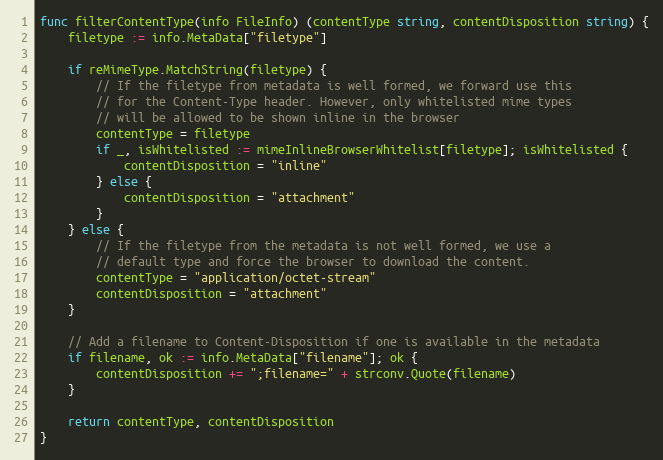
Language: Go
func filterContentType(info FileInfo) (contentType string, contentDisposition string) {
	filetype := info.MetaData["filetype"]

	if reMimeType.MatchString(filetype) {
		// If the filetype from metadata is well formed, we forward use this
		// for the Content-Type header. However, only whitelisted mime types
		// will be allowed to be shown inline in the browser
		contentType = filetype
		if _, isWhitelisted := mimeInlineBrowserWhitelist[filetype]; isWhitelisted {
			contentDisposition = "inline"
		} else {
			contentDisposition = "attachment"
		}
	} else {
		// If the filetype from the metadata is not well formed, we use a
		// default type and force the browser to download the content.
		contentType = "application/octet-stream"
		contentDisposition = "attachment"
	}

	// Add a filename to Content-Disposition if one is available in the metadata
	if filename, ok := info.MetaData["filename"]; ok {
		contentDisposition += ";filename=" + strconv.Quote(filename)
	}

	return contentType, contentDisposition
}